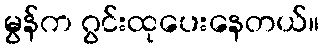
မွန်က ဂွင်းထုပေးနေတယ်။